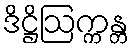
ဒိဋ္ဌိဩက္ကန္တ